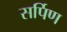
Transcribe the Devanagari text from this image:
सर्पिण